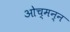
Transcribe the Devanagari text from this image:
ओच्मन्न